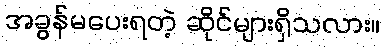
အခွန်မပေးရတဲ့ ဆိုင်များရှိသလား။